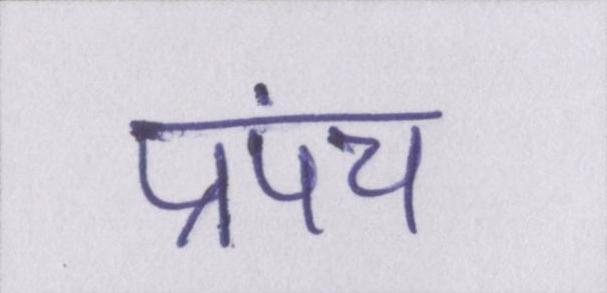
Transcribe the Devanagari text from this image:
प्रपंच